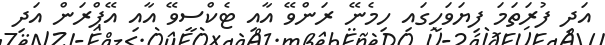
އަދި ފުރަތަމަ ފިޔަވަހީގައި ހިމެނޭ ރަންވޭ އާއި ޓެކްސީވޭ އާއި އޭޕްރަން އަދި